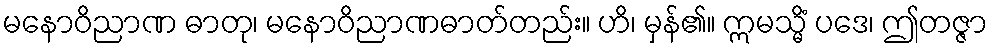
မနောဝိညာဏ ဓာတု၊ မနောဝိညာဏဓာတ်တည်း။ ဟိ၊ မှန်၏။ ဣမသ္မိံ ပဒေ၊ ဤတဇ္ဇာ